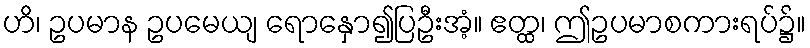
ဟိ၊ ဥပမာန ဥပမေယျ ရောနှော၍ပြဦးအံ့။ ဧတ္ထ၊ ဤဥပမာစကားရပ်၌။